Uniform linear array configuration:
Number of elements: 8
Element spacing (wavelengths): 1
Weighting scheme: uniform
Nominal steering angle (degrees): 0
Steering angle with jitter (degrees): -1.671
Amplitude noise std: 0.05
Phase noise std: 0.05

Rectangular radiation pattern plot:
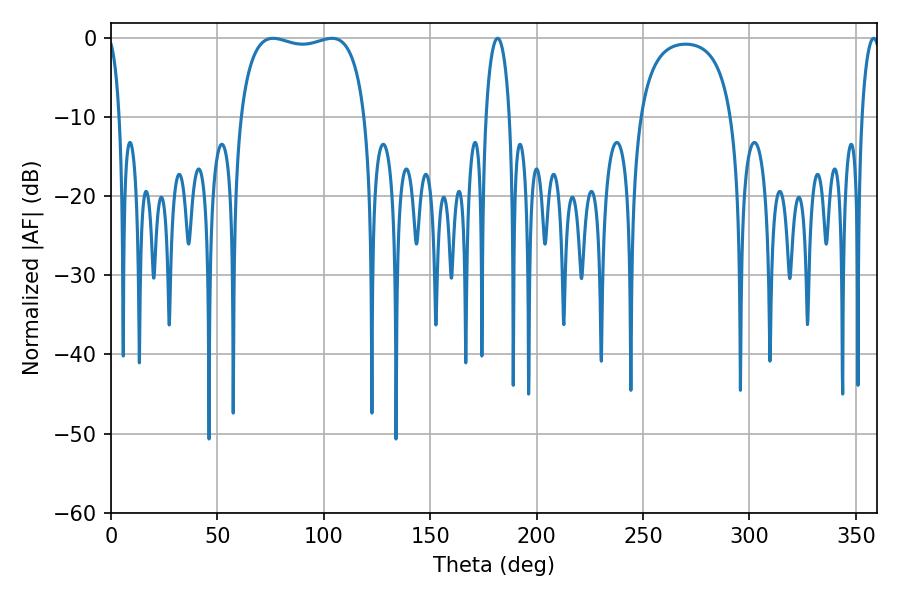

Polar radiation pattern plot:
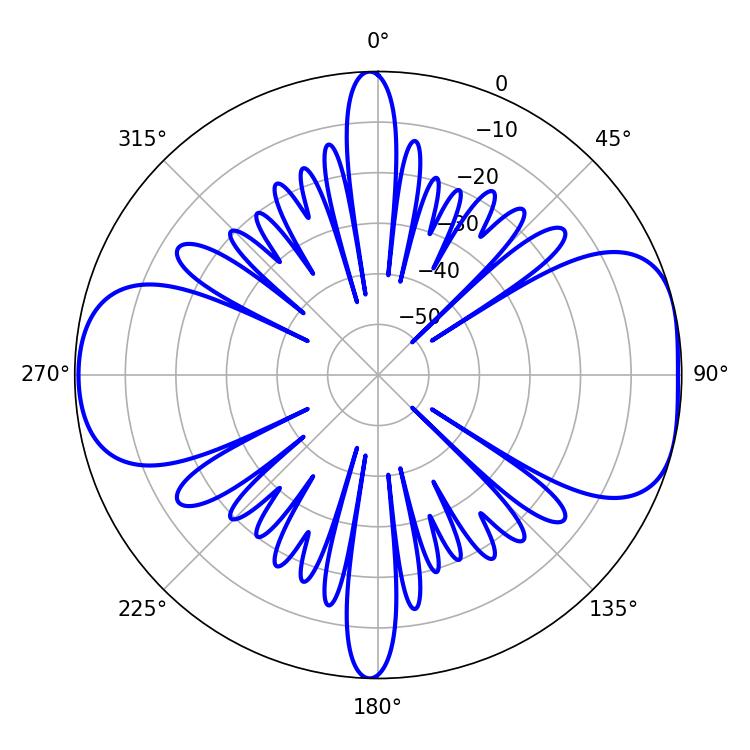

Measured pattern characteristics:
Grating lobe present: TRUE
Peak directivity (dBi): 7.792
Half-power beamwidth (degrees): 47.52
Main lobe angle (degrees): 76.14